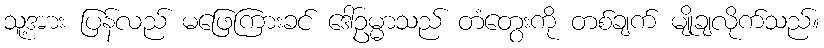
သူ့အား ပြန်လည် မဖြေကြားခင် ဒေါ်ဥမ္မာသည် တံတွေးကို တစ်ချက် မျိုချလိုက်သည်။